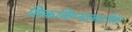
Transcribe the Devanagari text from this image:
शिकविण्याकरीता